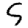
Digit: 5